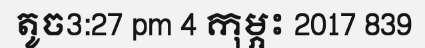
តូច3:27 pm 4 កុម្ភះ 2017 839